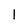
Character: l